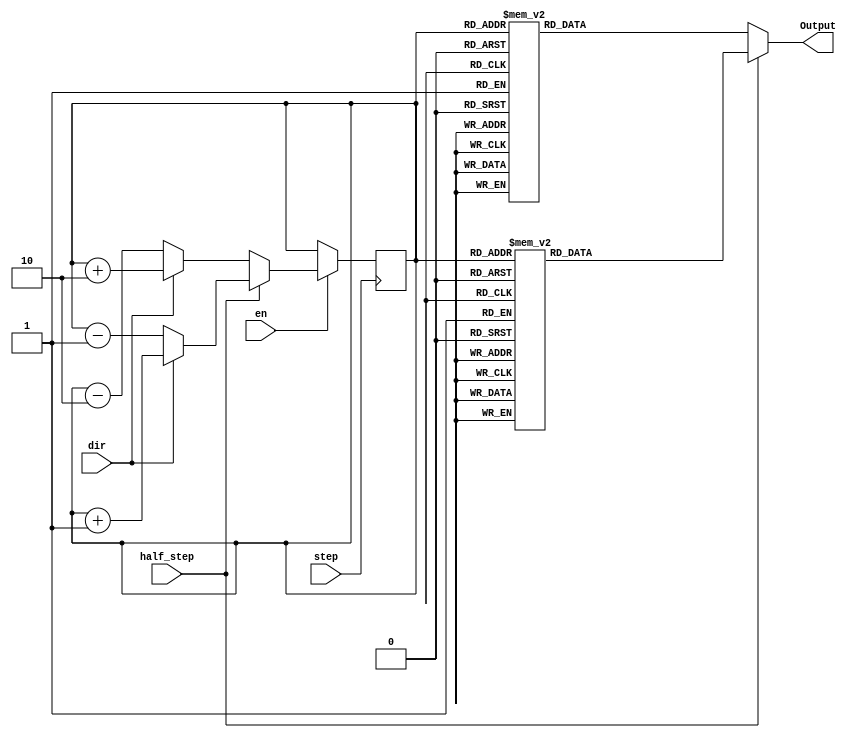
module Simple_Step_Driver(step,dir,en,Output,half_step);
input step,dir,en,half_step;
output reg [3:0]Output;

reg [2:0]counter;
reg [2:0]next_counter; 

always @ (posedge step)
	begin
		if(en)
			begin
				counter = next_counter;
			end
	end

always @ *
begin
	if(half_step)
		begin
			case(counter[2:0])
				0: Output = 4'b1000;
				1: Output = 4'b1100;
				2: Output = 4'b0100;
				3: Output = 4'b0110;
				4: Output = 4'b0010;
				5: Output = 4'b0011;
				6: Output = 4'b0001;
				7: Output = 4'b1001;
			endcase
		
			if(dir)
				begin
					next_counter = counter+1;
				end
			else
				begin
					next_counter = counter-1;
				end
		end
	else
		begin
			case(counter[2:0])
				0: Output = 4'b1000;
				1: Output = 4'b1000;
				2: Output = 4'b0100;
				3: Output = 4'b0100;
				4: Output = 4'b0010;
				5: Output = 4'b0010;
				6: Output = 4'b0001;
				7: Output = 4'b0001;
			endcase
		
			if(dir)
				begin
					next_counter = counter+2;
				end
			else
				begin
					next_counter = counter-2;
				end
		end
end

endmodule